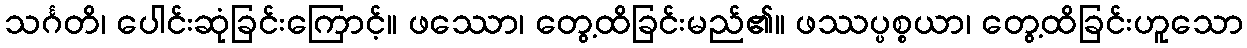
သင်္ဂတိ၊ ပေါင်းဆုံခြင်းကြောင့်။ ဖဿော၊ တွေ့ထိခြင်းမည်၏။ ဖဿပ္ပစ္စယာ၊ တွေ့ထိခြင်းဟူသော